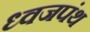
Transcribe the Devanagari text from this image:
ध्वजपंथ